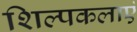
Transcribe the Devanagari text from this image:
शिल्पकलाएं